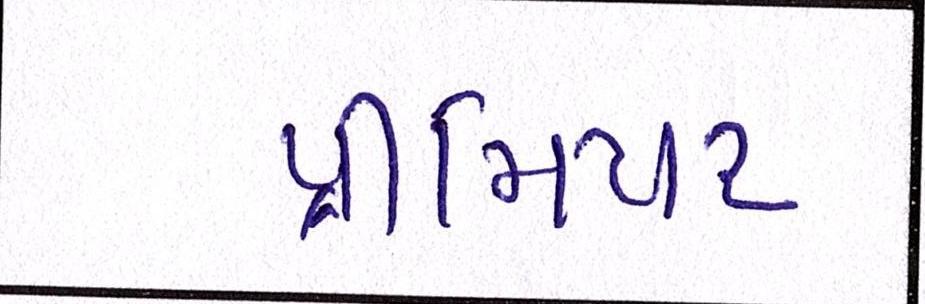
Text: પ્રીમિયર